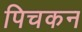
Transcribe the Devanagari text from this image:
पिचकन